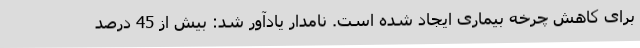
برای کاهش چرخه بیماری ایجاد شده است. نامدار یادآور شد: بیش از 45 درصد